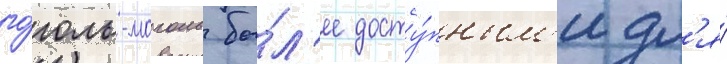
го́голь-моголь бо́л'ее досту́пным'и дл'я́